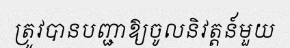
ត្រូវបានបញ្ជាឱ្យចូលនិវត្តន៍មួយ